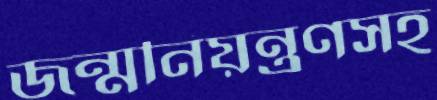
জন্মনিয়ন্ত্রণসহ